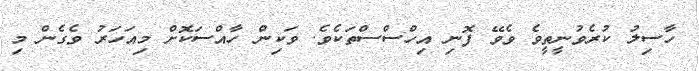
ހާސިލު ކުރެވުނީތީވެ ވެވޭ ފޮނި އިހްސްސްތަކެވެ. ވަކިން ހާއްސަކޮށް މިއަހަރު ވެގެން މި